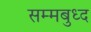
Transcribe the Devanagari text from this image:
सम्मबुध्द